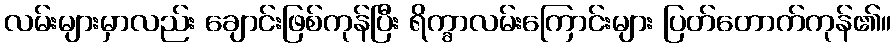
လမ်းများမှာလည်း ချောင်းဖြစ်ကုန်ပြီး ရိက္ခာလမ်းကြောင်းများ ပြတ်တောက်ကုန်၏။